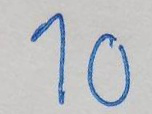
10